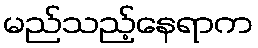
မည်သည့်နေရာက